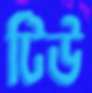
টিউ